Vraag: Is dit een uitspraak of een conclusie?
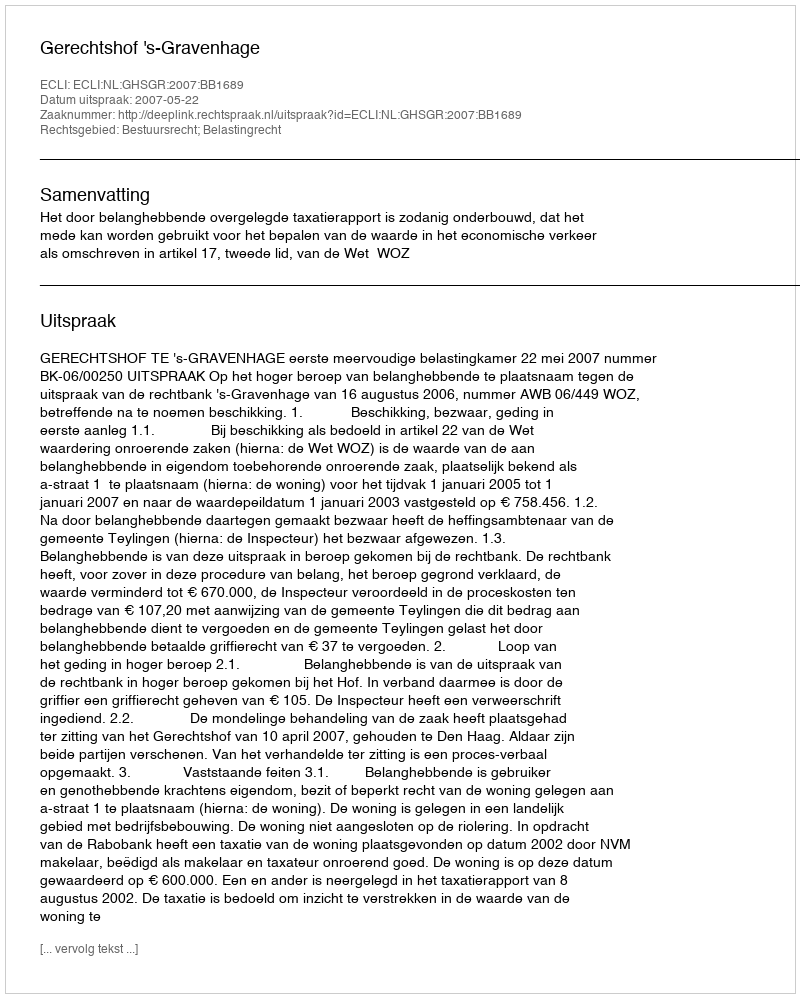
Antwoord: Uitspraak